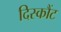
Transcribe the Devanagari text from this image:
दिस्कौंट